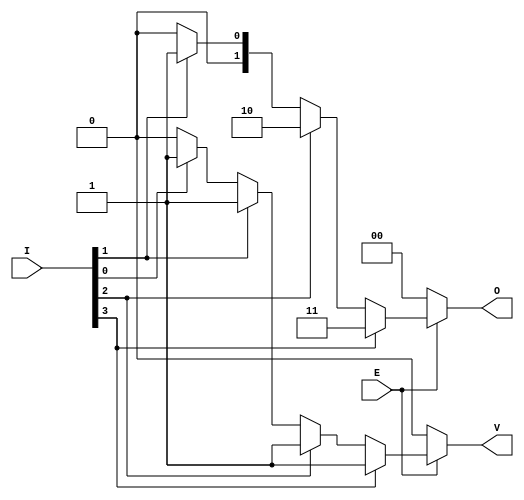
module dual_priority_encoder #(
    parameter N = 4 // Number of inputs (can be changed as needed)
)(
    input wire [N-1:0] I, // Input signals
    input wire E,         // Enable signal
    output reg [1:0] O,   // Binary output
    output reg V          // Valid signal
);

// Always block to handle the encoding logic
always @(*) begin
    if (!E) begin
        // If Enable signal is low, set outputs to inactive state
        O = 2'b00;
        V = 1'b0;
    end else begin
        // Default output for no active inputs
        O = 2'b00;
        V = 1'b0;
        
        // Check inputs from highest to lowest priority
        if (I[N-1]) begin
            O = 2'b11; // I3 is active
            V = 1'b1;
        end else if (I[N-2]) begin
            O = 2'b10; // I2 is active
            V = 1'b1;
        end else if (I[N-3]) begin
            O = 2'b01; // I1 is active
            V = 1'b1;
        end else if (I[0]) begin
            O = 2'b00; // I0 is active
            V = 1'b1;
        end
    end
end

endmodule